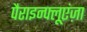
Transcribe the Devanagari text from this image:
पैराइन्फ्लूएंज़ा